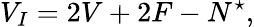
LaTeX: V_{I}=2V+2F-N^{\star},